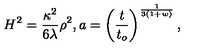
H ^ { 2 } = \frac { \kappa ^ { 2 } } { 6 \lambda } \rho ^ { 2 } , a = \left( \frac { t } { t _ { o } } \right) ^ { \frac { 1 } { 3 ( 1 + w ) } } ,